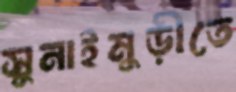
সুনাইমুড়ীতে